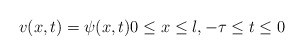
\begin{align*} v(x, t) = \psi(x, t) 0 \leq x \leq l, -\tau \leq t \leq 0 \end{align*}